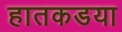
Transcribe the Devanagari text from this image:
हातकडया